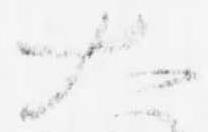
大